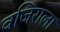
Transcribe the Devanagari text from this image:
वजिराला